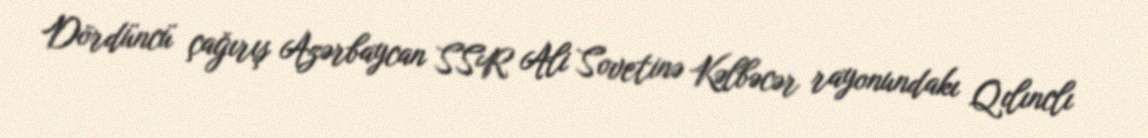
Dördüncü çağırış Azərbaycan SSR Ali Sovetinə Kəlbəcər rayonundakı Qılınclı